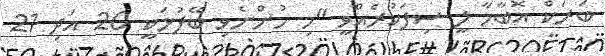
ބަރަކް އޮބާމާ ލީ ސިފަކުރެއްވީ "މި ހުންނެވި ބޭފުޅަކީ 20 އަދި 21